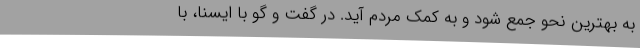
به بهترین نحو جمع شود و به کمک مردم آید. در گفت و گو با ایسنا، با